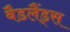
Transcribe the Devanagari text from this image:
बैडलैंड्स